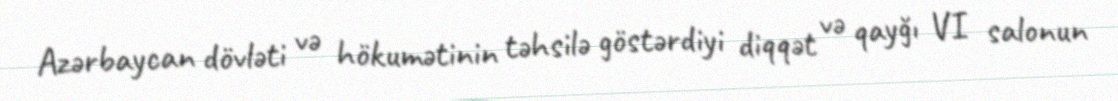
Azərbaycan dövləti və hökumətinin təhsilə göstərdiyi diqqət və qayğı VI salonun